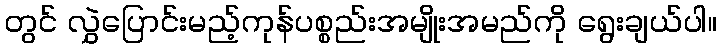
တွင် လွှဲပြောင်းမည့်ကုန်ပစ္စည်းအမျိုးအမည်ကို ရွေးချယ်ပါ။